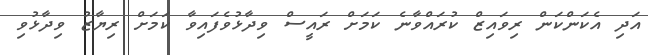
އަދި އެކަންކަން ރިވައިޒް ކުރައްވާނެ ކަމަށް ރައީސް ވިދާޅުވެފައިވާ ކަމަށް ރިޔާޒު ވިދާޅުވި